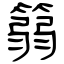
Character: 篛